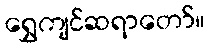
ရွှေကျင်ဆရာတော်။